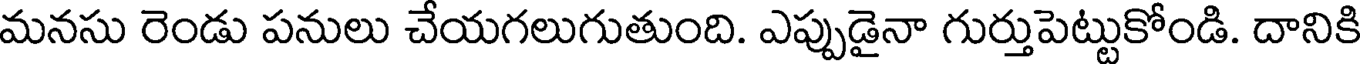
మనసు రెండు పనులు చేయగలుగుతుంది. ఎప్పుడైనా గుర్తుపెట్టుకోండి. దానికి